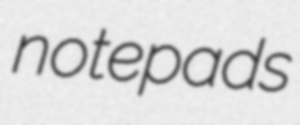
notepads